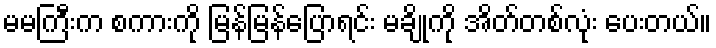
မမကြီးက စကားကို မြန်မြန်ပြောရင်း မချိုကို အိတ်တစ်လုံး ပေးတယ်။